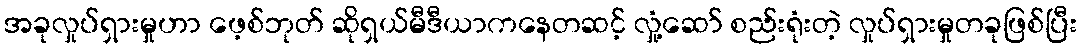
အခုလှုပ်ရှားမှုဟာ ဖေ့စ်ဘုတ် ဆိုရှယ်မီဒီယာကနေတဆင့် လှုံ့ဆော် စည်းရုံးတဲ့ လှုပ်ရှားမှုတခုဖြစ်ပြီး